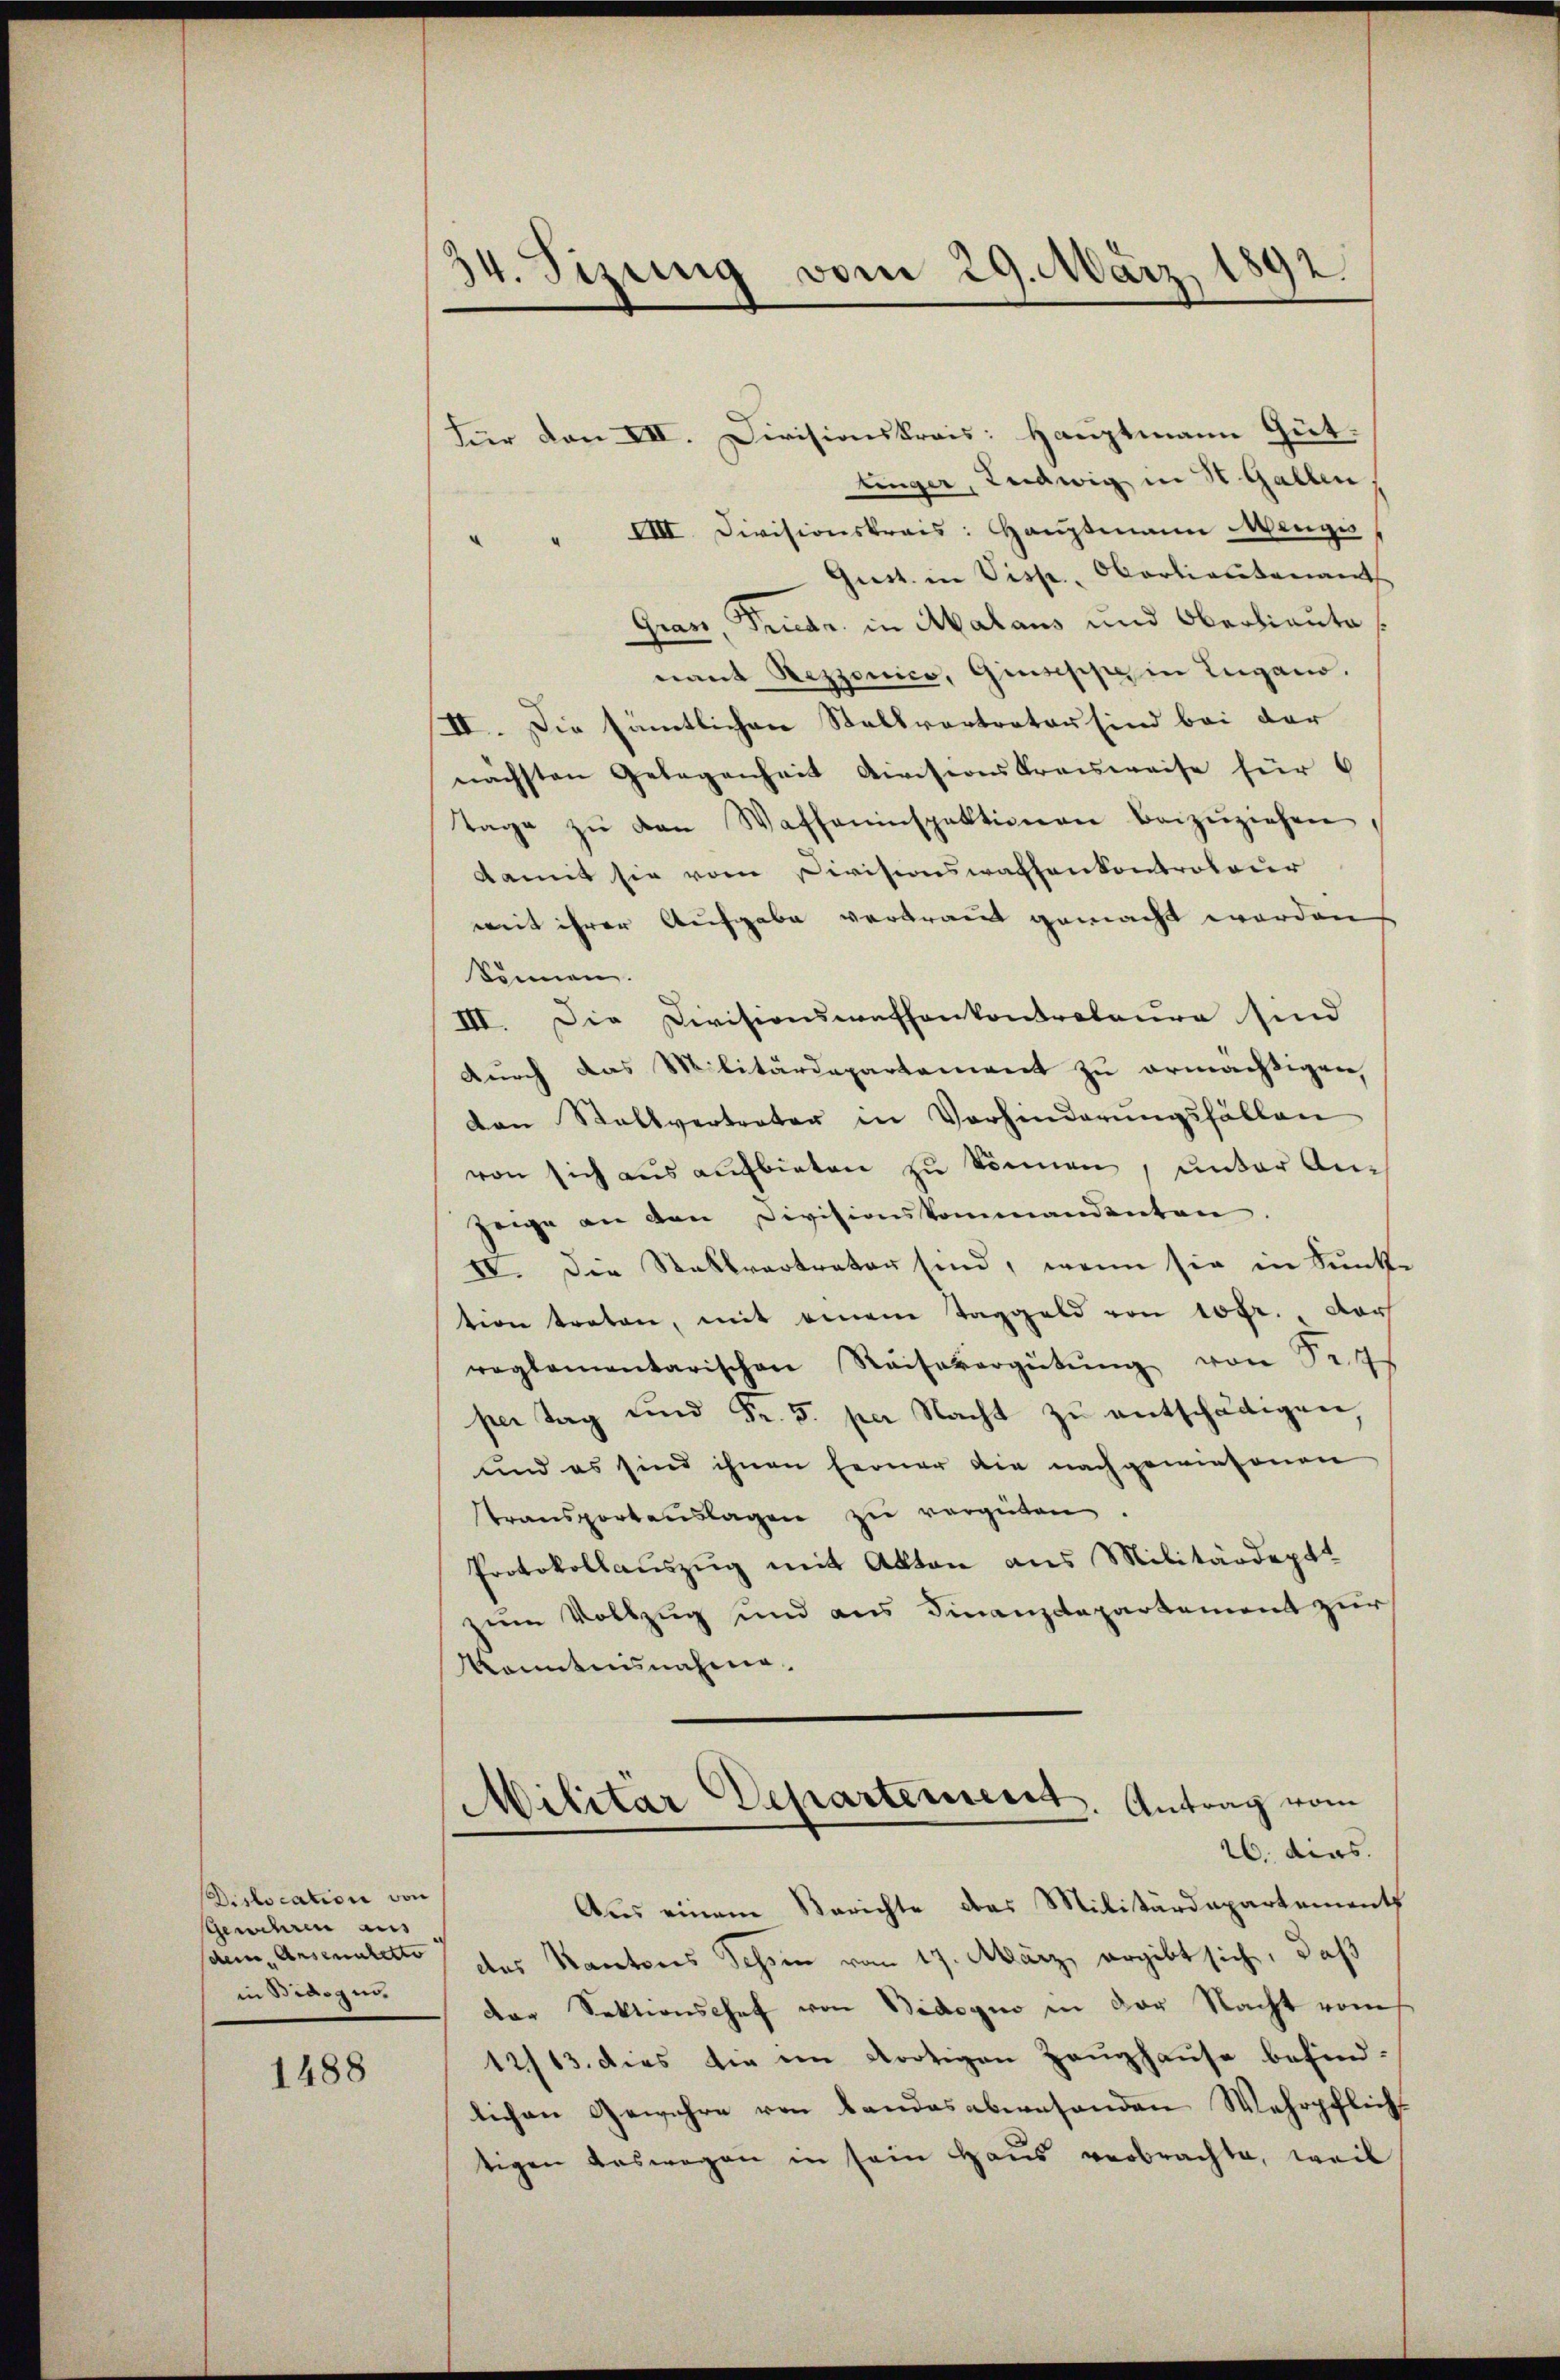
Dislocation von
Genehren aus
in Bidogin.

1488

34. Sizung vom 29. März 1892.

Für den III. Divisionskreis: Hauptmann Gut.
tinger, Ludwig in St. Gallen,
VIII Divisionskreis: Hauptmann Menge,
Gist. in Visp. Oberlieutenant
Gras, Friedr. in Malaus und Oberlieute
nant Rezzenico, Giuseppe in Lugano.
IV. Die sämtlichen Stallvertrator sind bei der
nächsten Gelegenheit Divisionskreisweise für 6
tage zŭ den Waffeninspektionen beizŭziehen,
damit sie vom Divisionswachenkontroleur
mit ihrer Aufgabe vertraut gemacht werden
können.
III. Die Divisionswafhonkontrotaura sind
durch das Militärdepartement zu ermächtigen,
don Stallvertreter in Vorhinderŭngsfällen
von sich aus aufbieten zu können, unter Anzeige an den Divisionskommandenten
IV. Die Stellvertrater sind, wenn sie in Sunke
tion treten, mit einem Taggeld von 10fr., der
reglementarischen Reisevergütŭng von Ses
per Tag und Fr. 5. per Nacht zu entschädigen,
und es sind ihnen ferner die nachgewiesenen
transportanslagen zŭ vergüten.
Protokollauszug mit Akten aus Militärdept
zum Vollzug und aus Finanzdepartement zur
Kanntnisnahme.
Militar Departement. Antrag vom
26. dies
Aus einem Berichte das Militärdepartements
saun, ansenalette des Kantons Schön vom 17. März ergibt sich, daß
der Sektionshof von Bidogno in der Nacht vom
12/13. dies die ein Arotigen Zeughause befindlichen Gewehre von Bandesabwesenden Wehrpflich-
tigen Auswegen in sein Haus verbrachte, weil